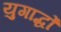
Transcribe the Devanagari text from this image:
युगार्द्धों